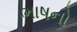
ભાષનો